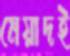
মেয়াদই